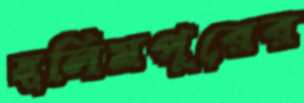
ছলিমপুরের